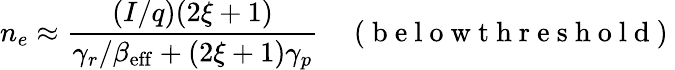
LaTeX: n_{e}\approx\frac{(I/q)(2\xi+1)}{\gamma_{r}/\beta_{\mathrm{eff}}+(2\xi+1)\gamma_{p}}\quad\mathrm{~(~b~e~l~o~w~t~h~r~e~s~h~o~l~d~)~}